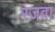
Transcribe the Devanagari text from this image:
रजवा